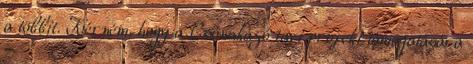
a többit. Kérném, hogy a Csónakázó tavi projekt támogatására